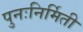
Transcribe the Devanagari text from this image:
पुनःनिर्मिती